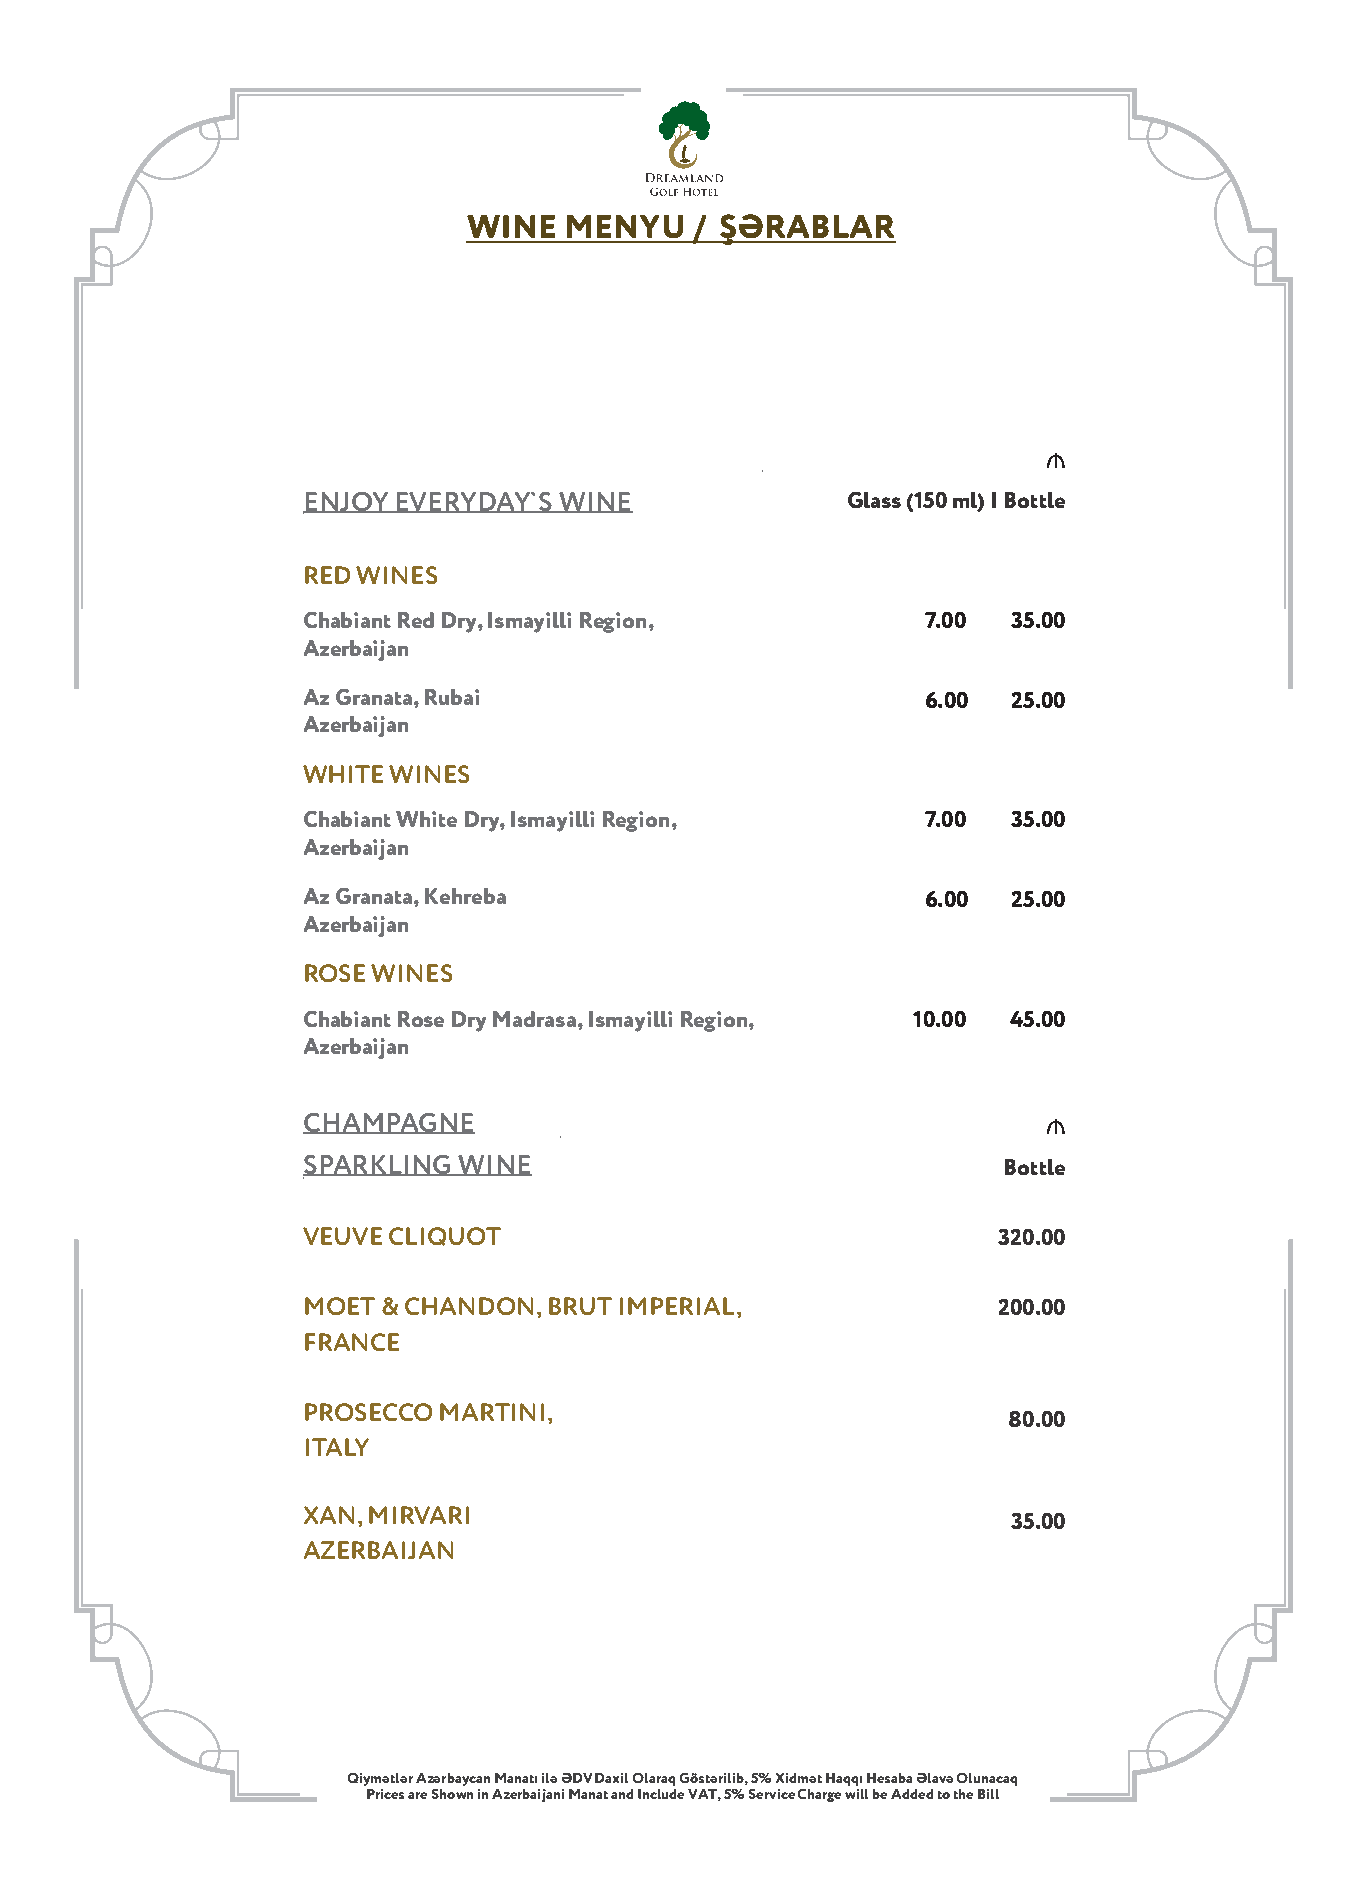
WINE   MENYU   / ŞƏRABLAR
 ₼
 ENJOY EVERYDAY`S WINE               Glass (150 ml) | Bottle
 RED WINES
 Chabant Red Dry, Ismayll Regon,     7.00  35.00
 Azerbajan
 Az Granata, Rubai                        6.00  25.00
 Azerbajan
 WHITE WINES
 Chabant Whte Dry, Ismayll Regon,   7.00  35.00
 Azerbajan
 Az Granata, Kehreba                      6.00  25.00
 Azerbajan
 ROSE WINES
 Chabant Rose Dry Madrasa, Ismayll Regon, 10.00 45.00
 Azerbajan
 CHAMPAGNE                                        ₼
 SPARKLING  WINE                                Bottle
 VEUVE CLIQUOT                                 320.00
 MOET & CHANDON, BRUT IMPERIAL,                200.00
 FRANCE
 PROSECCO MARTINI,
 80.00
 ITALY
 XAN, MIRVARI
 35.00
 AZERBAIJAN
 Qiymətlər Azərbaycan Manatı ilə ƏDV Daxil Olaraq Göstərilib, 5% Xidmət Haqqı Hesaba Əlavə Olunacaq
 Prces are Shown in Azerbaijani Manat and Include VAT, 5% Service Charge will be Added to the Bill